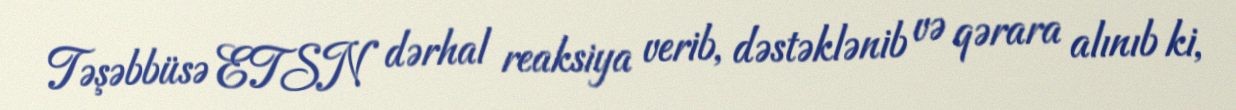
Təşəbbüsə ETSN dərhal reaksiya verib, dəstəklənib və qərara alınıb ki,